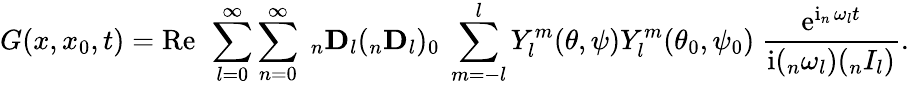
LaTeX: G(x,x_{0},t)=\operatorname{R\mathrm{e}}\ \sum_{l=0}^{\infty}\sum_{n=0}^{\infty}\ _{n}\mathbf{{D}}_{l}(_{n}\mathbf{{D}}_{l})_{0}\ \sum_{m=-l}^{l}Y_{l}^{m}(\theta,\psi)Y_{l}^{m}(\theta_{0},\psi_{0})\ \frac{{\mathrm{e}^{\operatorname{i}_{n}\omega_{l}t}}}{{\operatorname{i}(_{n}\omega_{l})(_{n}I_{l})}}.